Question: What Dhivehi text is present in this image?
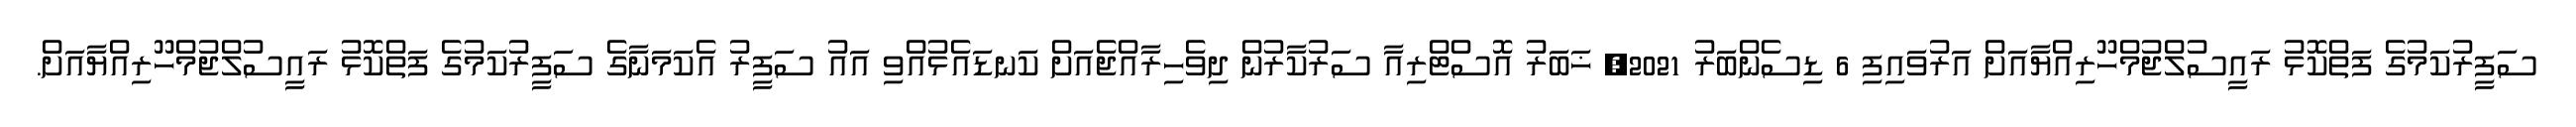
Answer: ސަފީރުކަމުގެ ފަތްކޮޅު ރައީސުލްޖުމްހޫރިއްޔާއަށް އަރުވައިފި 6 ޑިސެންބަރު 2021, ޚަބަރު އޮސްޓްރިއާ ސަރުކާރުން ދިވެހިރާއްޖެއަށް ކަނޑައެޅުއްވި އައު ސަފީރު އެކަމަނާގެ ސަފީރުކަމުގެ ފަތްކޮޅު ރައީސުލްޖުމްހޫރިއްޔާއަށް.